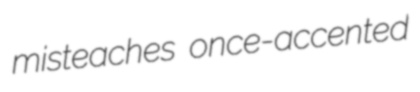
misteaches once-accented